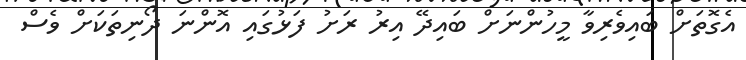
އެގޮތަށް ބައިވެރިވާ މީހުންނަށް ބައިދޭ އިރު ރަށު ފަޅުގައި އޮންނަ ދޯނިތަކަށް ވެސް